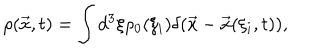
\rho ( \vec { x } , t ) = \int d ^ { 3 } \xi \rho _ { 0 } ( \xi _ { i } ) \delta ( \vec { x } - \vec { x } ( \xi _ { i } , t ) ) ,